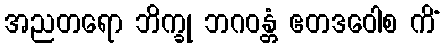
အညတရော ဘိက္ခု ဘဂဝန္တံ ဧတဒဝေါစ ကိံ